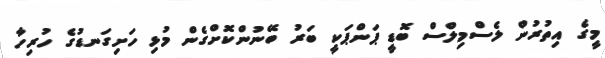
މީގެ އިތުރުން ލެސްމިލްސް ބޮޑީ ޕަންޕަކީ ބަރު ބޭނުންކޮށްގެން މުޅި ހަށިގަނޑުގެ ހުރިހާ